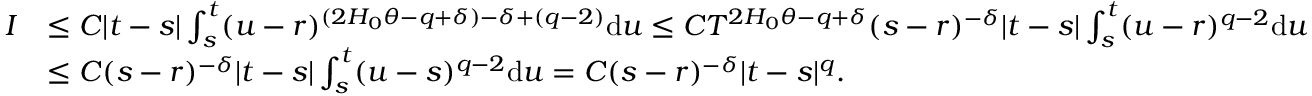
\begin{array} { r l } { I } & { \le C | t - s | \int _ { s } ^ { t } ( u - r ) ^ { ( 2 H _ { 0 } \theta - q + \delta ) - \delta + ( q - 2 ) } \ensuremath { \mathrm { d } } u \le C T ^ { 2 H _ { 0 } \theta - q + \delta } ( s - r ) ^ { - \delta } | t - s | \int _ { s } ^ { t } ( u - r ) ^ { q - 2 } \ensuremath { \mathrm { d } } u } \\ & { \le C ( s - r ) ^ { - \delta } | t - s | \int _ { s } ^ { t } ( u - s ) ^ { q - 2 } \ensuremath { \mathrm { d } } u = C ( s - r ) ^ { - \delta } | t - s | ^ { q } . } \end{array}